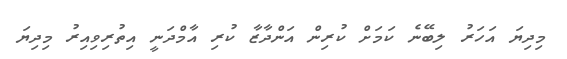
މިދިޔަ އަހަރު ލިބޭނެ ކަމަށް ކުރިން އަންދާޒާ ކުރި އާމްދަނީ އިތުރިވިއިރު މިދިޔަ